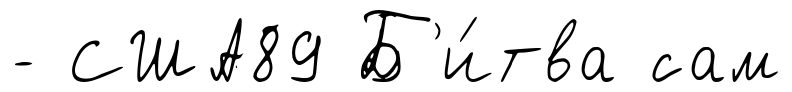
- США89 Б'и́тва сам